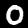
Label: 0